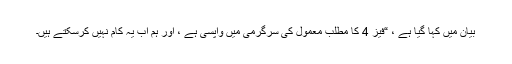
بیان میں کہا گیا ہے ، “فیز 4 کا مطلب معمول کی سرگرمی میں واپسی ہے ، اور ہم اب یہ کام نہیں کرسکتے ہیں۔